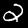
Digit: 2